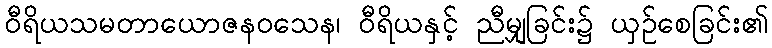
ဝီရိယသမတာယောဇနဝသေန၊ ဝီရိယနှင့် ညီမျှခြင်း၌ ယှဉ်စေခြင်း၏